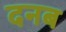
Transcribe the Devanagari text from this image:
दनब